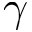
\gamma